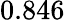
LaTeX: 0.846